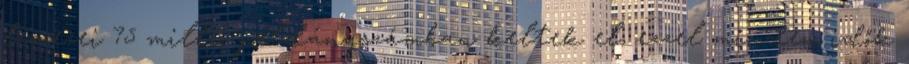
lemezei 75 millió példányszámban keltek el, ezzel minden idők